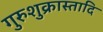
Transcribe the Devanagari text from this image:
गुरुशुक्रास्तादि